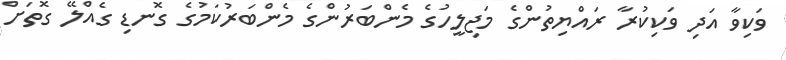
ވަކިވާ އަދި ވަކިކުރާ ރައްޔިތުންގެ މަޖިލީހުގެ މެންބަރުންގެ މެންބަރުކަމުގެ ގޮނޑި ގެއްލޭ ގޮތަށް